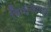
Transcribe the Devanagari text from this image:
चित्सुखात्मने